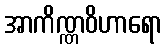
အာကိဏ္ဏဝိဟာရော